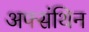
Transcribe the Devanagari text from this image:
अफ्संथिन